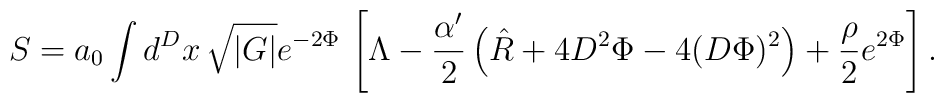
S=a_0 \int d^Dx\,\sqrt {|G|}e^{-2\Phi}\,\left[\Lambda-\frac{\alpha'}{2} \left(\hat{R}+4D^2\Phi-4(D\Phi)^2 \right)+\frac{\rho}{2} e^{2\Phi} \right].\,